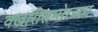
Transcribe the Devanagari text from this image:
वखारीसमोरच्या